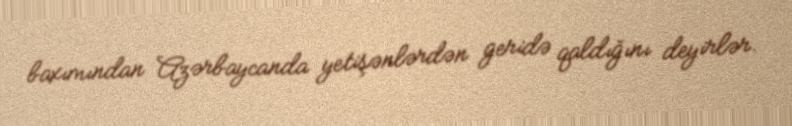
baxımından Azərbaycanda yetişənlərdən geridə qaldığını deyirlər.